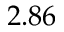
2 . 8 6